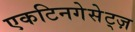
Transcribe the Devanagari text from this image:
एकटिनगेसेट्ज़